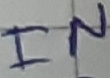
Text: IN